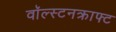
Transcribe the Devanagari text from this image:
वॉल्स्टनक्राफ्ट